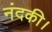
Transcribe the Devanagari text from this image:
नंदकी।